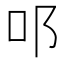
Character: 𨙫